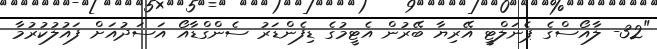
"32- ލާއޯސްގެ ޕެނަލްޓީ އޭރިޔާ ބޭރުން އެޓީމުގެ ޑިފެންޑަރު ސެންގްޑާއޯ އަސަދުއަށް ފައުލުކުރުމާ